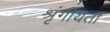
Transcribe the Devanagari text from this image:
श्रृंगीयता